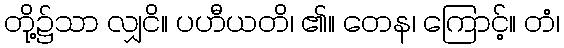
တို့၌သာ လျှငိ။ ပဟီယတိ၊ ၏။ တေန၊ ကြောင့်။ တံ၊